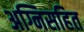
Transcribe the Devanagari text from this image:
अग्निसहित